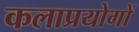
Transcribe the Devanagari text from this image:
कलाप्रयोगों